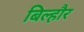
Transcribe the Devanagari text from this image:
बिल्‍हौर